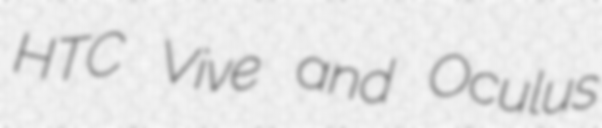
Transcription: HTC Vive and Oculus